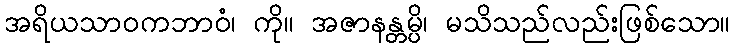
အရိယသာဝကဘာဝံ၊ ကို။ အဇာနန္တမ္ပိ၊ မသိသည်လည်းဖြစ်သော။